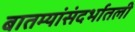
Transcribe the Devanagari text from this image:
बातम्यांसंदर्भातली